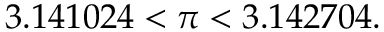
{ } 3 . 1 4 1 0 2 4 < \pi < 3 . 1 4 2 7 0 4 .